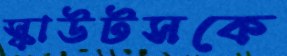
স্কাউটসকে